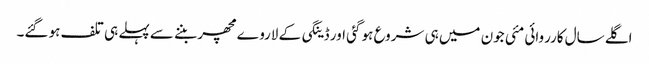
اگلے سال کارروائی مئی جون میں ہی شروع ہو گئی اور ڈینگی کے لاروے مچھر بننے سے پہلے ہی تلف ہو گئے۔